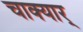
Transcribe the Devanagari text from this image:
चाक्यार्